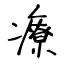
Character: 療